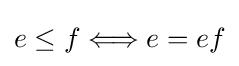
e\leq f\Longleftrightarrow e=ef